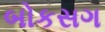
બોકસગ